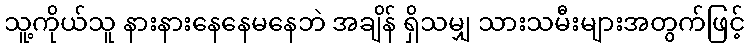
သူ့ကိုယ်သူ နားနားနေနေမနေဘဲ အချိန် ရှိသမျှ သားသမီးများအတွက်ဖြင့်